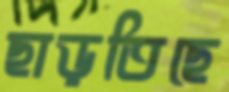
ছাড়তিছে